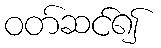
ဝတ်ဆင်၍